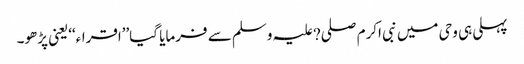
پہلی ہی وحی میں نبی اکرم صلی?علیہ وسلم سے فرمایا گیا’’اقراء‘‘یعنی پڑھو۔